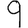
Digit: 9